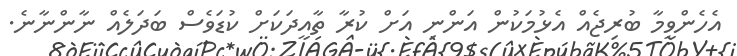
އެހެންވީމާ ބުރިޖެއް އެޅުމަކުން އަންނި އަށް ކުރާ ތާއީދަކަށް ކުޑަވެސް ބަދަލެއް ނާންނާނެ.